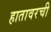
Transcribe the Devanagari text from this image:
हातावरची